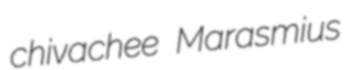
chivachee Marasmius